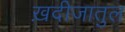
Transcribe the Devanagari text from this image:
ख़दीजातुल